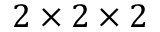
2 \times 2 \times 2